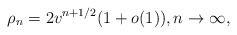
\begin{align*}\rho_n=2 v^{n+1/2}(1+o(1)),n\to\infty,\end{align*}